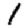
Digit: 1